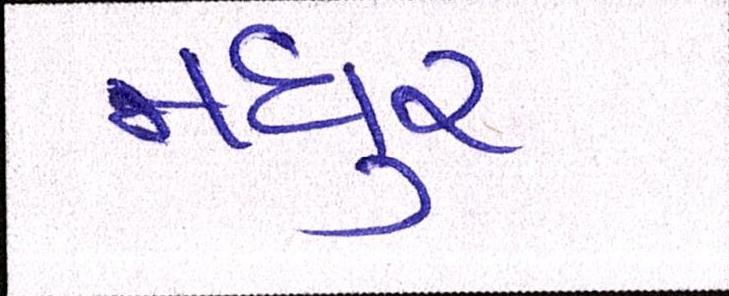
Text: મધુર